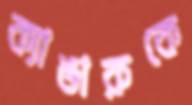
ক্যাঙারুকে